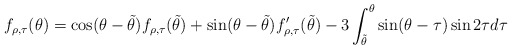
\begin{align*}f_{\rho,\tau} (\theta) = \cos (\theta- \tilde{\theta}) f_{\rho,\tau} (\tilde{\theta})+ \sin (\theta - \tilde{\theta})f_{\rho,\tau}' (\tilde{\theta})-3 \int_{\tilde{\theta}}^\theta \sin (\theta - \tau) \sin 2\tau d\tau\end{align*}